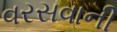
વરસવાની